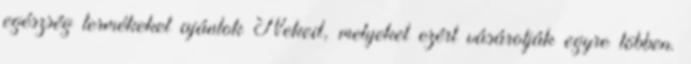
egészség termékeket ajánlok Neked, melyeket ezért vásárolják egyre többen.